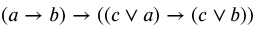
( a \rightarrow b ) \rightarrow ( ( c \lor a ) \rightarrow ( c \lor b ) )